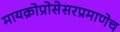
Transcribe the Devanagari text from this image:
मायक्रोप्रोसेसरप्रमाणेच